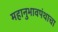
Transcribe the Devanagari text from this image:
महानुभावपंथाचा